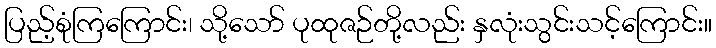
ပြည့်စုံကြကြောင်း၊ သို့သော် ပုထုဇဉ်တို့လည်း နှလုံးသွင်းသင့်ကြောင်း။